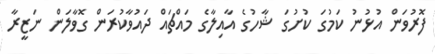
ފޮރުވަން އުޅުނު ކަމުގަ ކުށުގަ ޝާހުގެ އާއިލާގެ މައްޗައް ދައުވާކުރަން ގޮވާލަން ނަޒީރާ